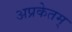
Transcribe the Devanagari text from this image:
अप्रकेतम्